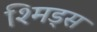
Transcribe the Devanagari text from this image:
श्मिड्स